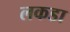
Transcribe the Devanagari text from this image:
लकडा